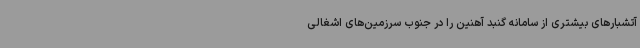
آتشبارهای بیشتری از سامانه گنبد آهنین را در جنوب سرزمین‌های اشغالی